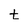
Character: t